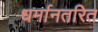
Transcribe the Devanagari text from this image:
धर्मानतरित